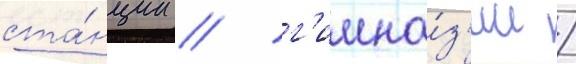
ста́нции / г'имна́з'ии /